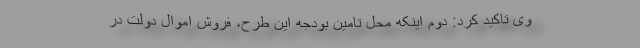
وی تاکید کرد: دوم اینکه محل تامین بودجه این طرح، فروش اموال دولت در